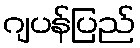
ဂျပန်ပြည်